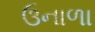
ઉનાળા